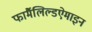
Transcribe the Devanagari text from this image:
फार्मैलिल्डऐमाइन